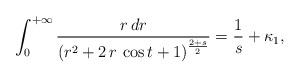
LaTeX: \begin{align*} \int_0^{+\infty}\frac{r\,dr}{{\left( {r}^{2}+2\,r\,\cos t+1\right) }^{\frac{2+s}{2}}}= \frac{1}{s}+\kappa_1,\end{align*}